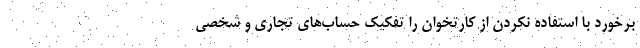
برخورد با استفاده نکردن از کارتخوان را تفکیک حساب‌های تجاری و شخصی